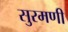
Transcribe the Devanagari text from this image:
सुरमणी